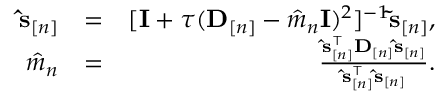
\begin{array} { r l r } { \ensuremath { \mathbf { \hat { s } } } _ { [ n ] } } & { = } & { [ { \mathbf I } + \tau ( { \bf D } _ { [ n ] } - \hat { m } _ { n } { \mathbf I } ) ^ { 2 } ] ^ { - 1 } \ensuremath { \mathbf { \tilde { s } } } _ { [ n ] } , } \\ { \hat { m } _ { n } } & { = } & { \frac { \ensuremath { \mathbf { \hat { s } } } _ { [ n ] } ^ { \top } \mathbf D _ { [ n ] } \ensuremath { \mathbf { \hat { s } } } _ { [ n ] } } { \ensuremath { \mathbf { \hat { s } } } _ { [ n ] } ^ { \top } \ensuremath { \mathbf { \hat { s } } } _ { [ n ] } } . } \end{array}